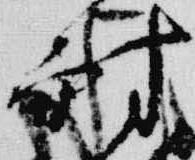
耐